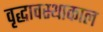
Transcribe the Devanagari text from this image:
वृद्धावस्थाकाल